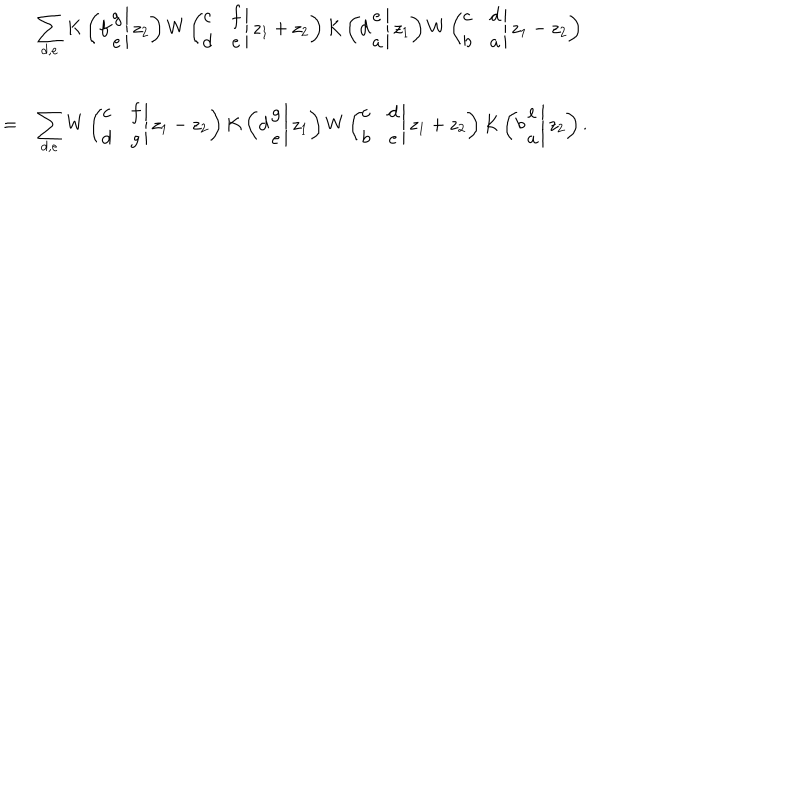
LaTeX: \begin{array} { c l } { { } } & { { \displaystyle \sum _ { d , e } K \left( \left. f \begin{array} { c } { { g } } \\ { { e } } \\ \end{array} \right| z _ { 2 } \right) W \left( \left. \! \begin{array} { c c } { { c } } & { { f } } \\ { { d } } & { { e } } \\ \end{array} \right| z _ { 1 } + z _ { 2 } \right) K \left( \left. d \begin{array} { c } { { e } } \\ { { a } } \\ \end{array} \right| z _ { 1 } \right) W \left( \left. \! \begin{array} { c c } { { c } } & { { d } } \\ { { b } } & { { a } } \\ \end{array} \right| z _ { 1 } - z _ { 2 } \right) } } \\ { { = } } & { { \displaystyle \sum _ { d , e } W \left( \left. \! \begin{array} { c c } { { c } } & { { f } } \\ { { d } } & { { g } } \\ \end{array} \right| z _ { 1 } - z _ { 2 } \right) K \left( \left. d \begin{array} { c } { { g } } \\ { { e } } \\ \end{array} \right| z _ { 1 } \right) W \left( \left. \! \begin{array} { c c } { { c } } & { { d } } \\ { { b } } & { { e } } \\ \end{array} \right| z _ { 1 } + z _ { 2 } \right) K \left( \left. b \begin{array} { c } { { e } } \\ { { a } } \\ \end{array} \right| z _ { 2 } \right) . } } \\ \end{array}